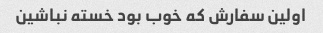
اولین سفارش که خوب بود خسته نباشین